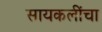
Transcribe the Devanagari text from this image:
सायकलींचा